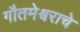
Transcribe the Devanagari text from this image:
गौतमेश्वराचे